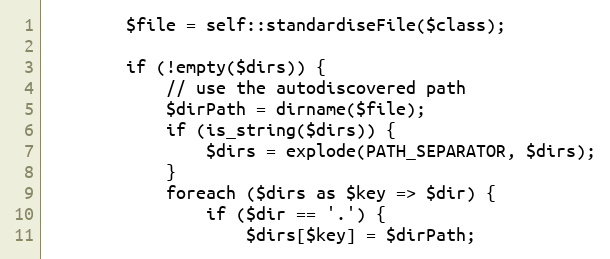
Language: PHP
        $file = self::standardiseFile($class);

        if (!empty($dirs)) {
            // use the autodiscovered path
            $dirPath = dirname($file);
            if (is_string($dirs)) {
                $dirs = explode(PATH_SEPARATOR, $dirs);
            }
            foreach ($dirs as $key => $dir) {
                if ($dir == '.') {
                    $dirs[$key] = $dirPath;